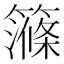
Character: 𥴽